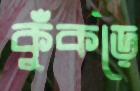
কুঁকড়ে